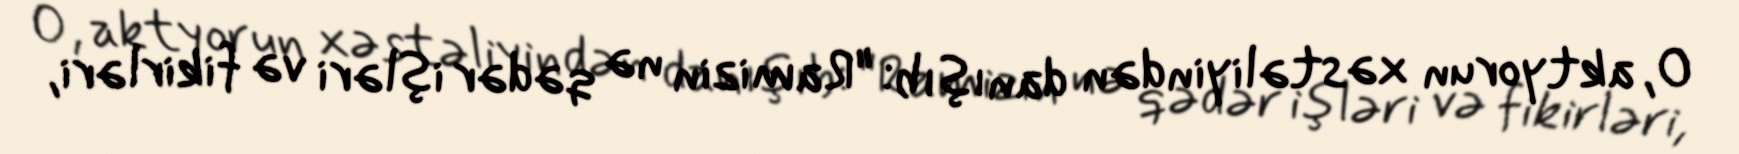
O, aktyorun xəstəliyindən danışıb: "Ramizin nə qədər işləri və fikirləri,